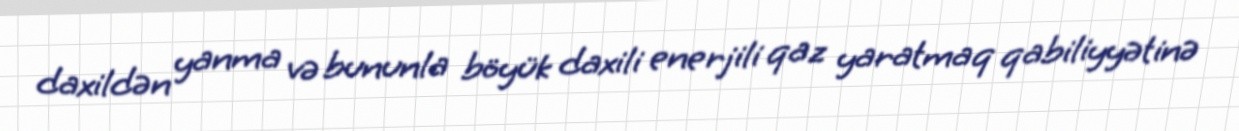
daxildən yanma və bununla böyük daxili enerjili qaz yaratmaq qabiliyyətinə